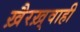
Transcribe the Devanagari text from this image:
ख़ैरख़्वाही